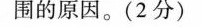
围的原因。(2分)